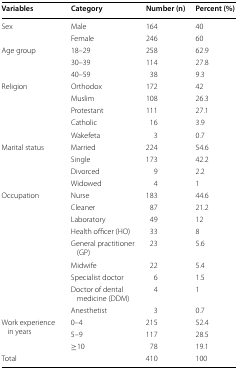
<table><thead><tr><td><b>Variables</b></td><td><b>Category</b></td><td><b>Number (n)</b></td><td><b>Percent (%)</b></td></tr></thead><tbody><tr><td rowspan="2">Sex</td><td>Male</td><td>164</td><td>40</td></tr><tr><td>Female</td><td>246</td><td>60</td></tr><tr><td rowspan="3">Age group</td><td>18–29</td><td>258</td><td>62.9</td></tr><tr><td>30–39</td><td>114</td><td>27.8</td></tr><tr><td>40–59</td><td>38</td><td>9.3</td></tr><tr><td rowspan="5">Religion</td><td>Orthodox</td><td>172</td><td>42</td></tr><tr><td>Muslim</td><td>108</td><td>26.3</td></tr><tr><td>Protestant</td><td>111</td><td>27.1</td></tr><tr><td>Catholic</td><td>16</td><td>3.9</td></tr><tr><td>Wakefeta</td><td>3</td><td>0.7</td></tr><tr><td rowspan="4">Marital status</td><td>Married</td><td>224</td><td>54.6</td></tr><tr><td>Single</td><td>173</td><td>42.2</td></tr><tr><td>Divorced</td><td>9</td><td>2.2</td></tr><tr><td>Widowed</td><td>4</td><td>1</td></tr><tr><td rowspan="9">Occupation</td><td>Nurse</td><td>183</td><td>44.6</td></tr><tr><td>Cleaner</td><td>87</td><td>21.2</td></tr><tr><td>Laboratory</td><td>49</td><td>12</td></tr><tr><td>Health officer (HO)</td><td>33</td><td>8</td></tr><tr><td>General practitioner (GP)</td><td>23</td><td>5.6</td></tr><tr><td>Midwife</td><td>22</td><td>5.4</td></tr><tr><td>Specialist doctor</td><td>6</td><td>1.5</td></tr><tr><td>Doctor of dental medicine (DDM)</td><td>4</td><td>1</td></tr><tr><td>Anesthetist</td><td>3</td><td>0.7</td></tr><tr><td rowspan="3">Work experience in years</td><td>0–4</td><td>215</td><td>52.4</td></tr><tr><td>5–9</td><td>117</td><td>28.5</td></tr><tr><td>≥10</td><td>78</td><td>19.1</td></tr><tr><td>Total</td><td>[EMPTY_CELL]</td><td>410</td><td>100</td></tr></tbody></table>